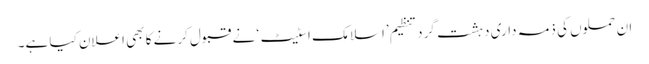
ان حملوں کی ذمہ داری دہشت گرد تنظیم ’اسلامک اسٹیٹ‘ نے قبول کرنے کا بھی اعلان کیا ہے۔